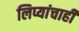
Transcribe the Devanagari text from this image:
लिप्यांचाही